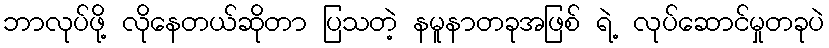
ဘာလုပ်ဖို့ လိုနေတယ်ဆိုတာ ပြသတဲ့ နမူနာတခုအဖြစ် ရဲ့ လုပ်ဆောင်မှုတခုပဲ